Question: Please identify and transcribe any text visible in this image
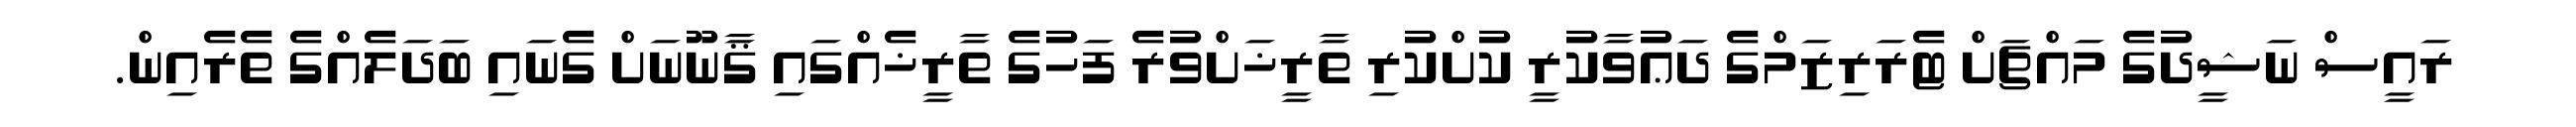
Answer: ރައީސް ނަޝީދުގެ މައްޗަށް ޓެރަރިޒަމްގެ ދަޢުވާކުރީ ކުށްކުރި ތާރީޚަށްވުރެ ފަހުގެ ތާރީޚެއްގައި ޤާނޫނަށް ގެނައި ބަދަލެއްގެ ތެރެއިން.